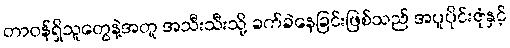
တာဝန်ရှိသူတွေနဲ့အတူ အသီးသီးသို့ ခက်ခဲနေခြင်းဖြစ်သည် အပူပိုင်းဇုံနှင့်